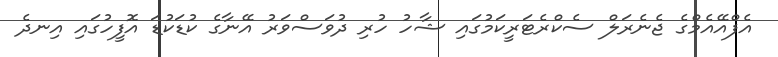
އެފްއޭއެމްގެ ޖެނެރަލް ސެކްރެޓަރީކަމުގައި ޝާހު ހުރި ދުވަސްވަރު އޭނާގެ ކުޑަކުޑަ އޮފީހުގައި އިނދެ